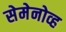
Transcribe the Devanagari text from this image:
सेमेनोव्ह